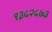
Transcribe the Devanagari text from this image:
१३५२५७३